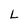
Character: L